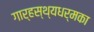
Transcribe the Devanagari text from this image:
गार्हस्थ्यधर्मका